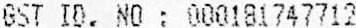
GST ID. NO : 000181747712